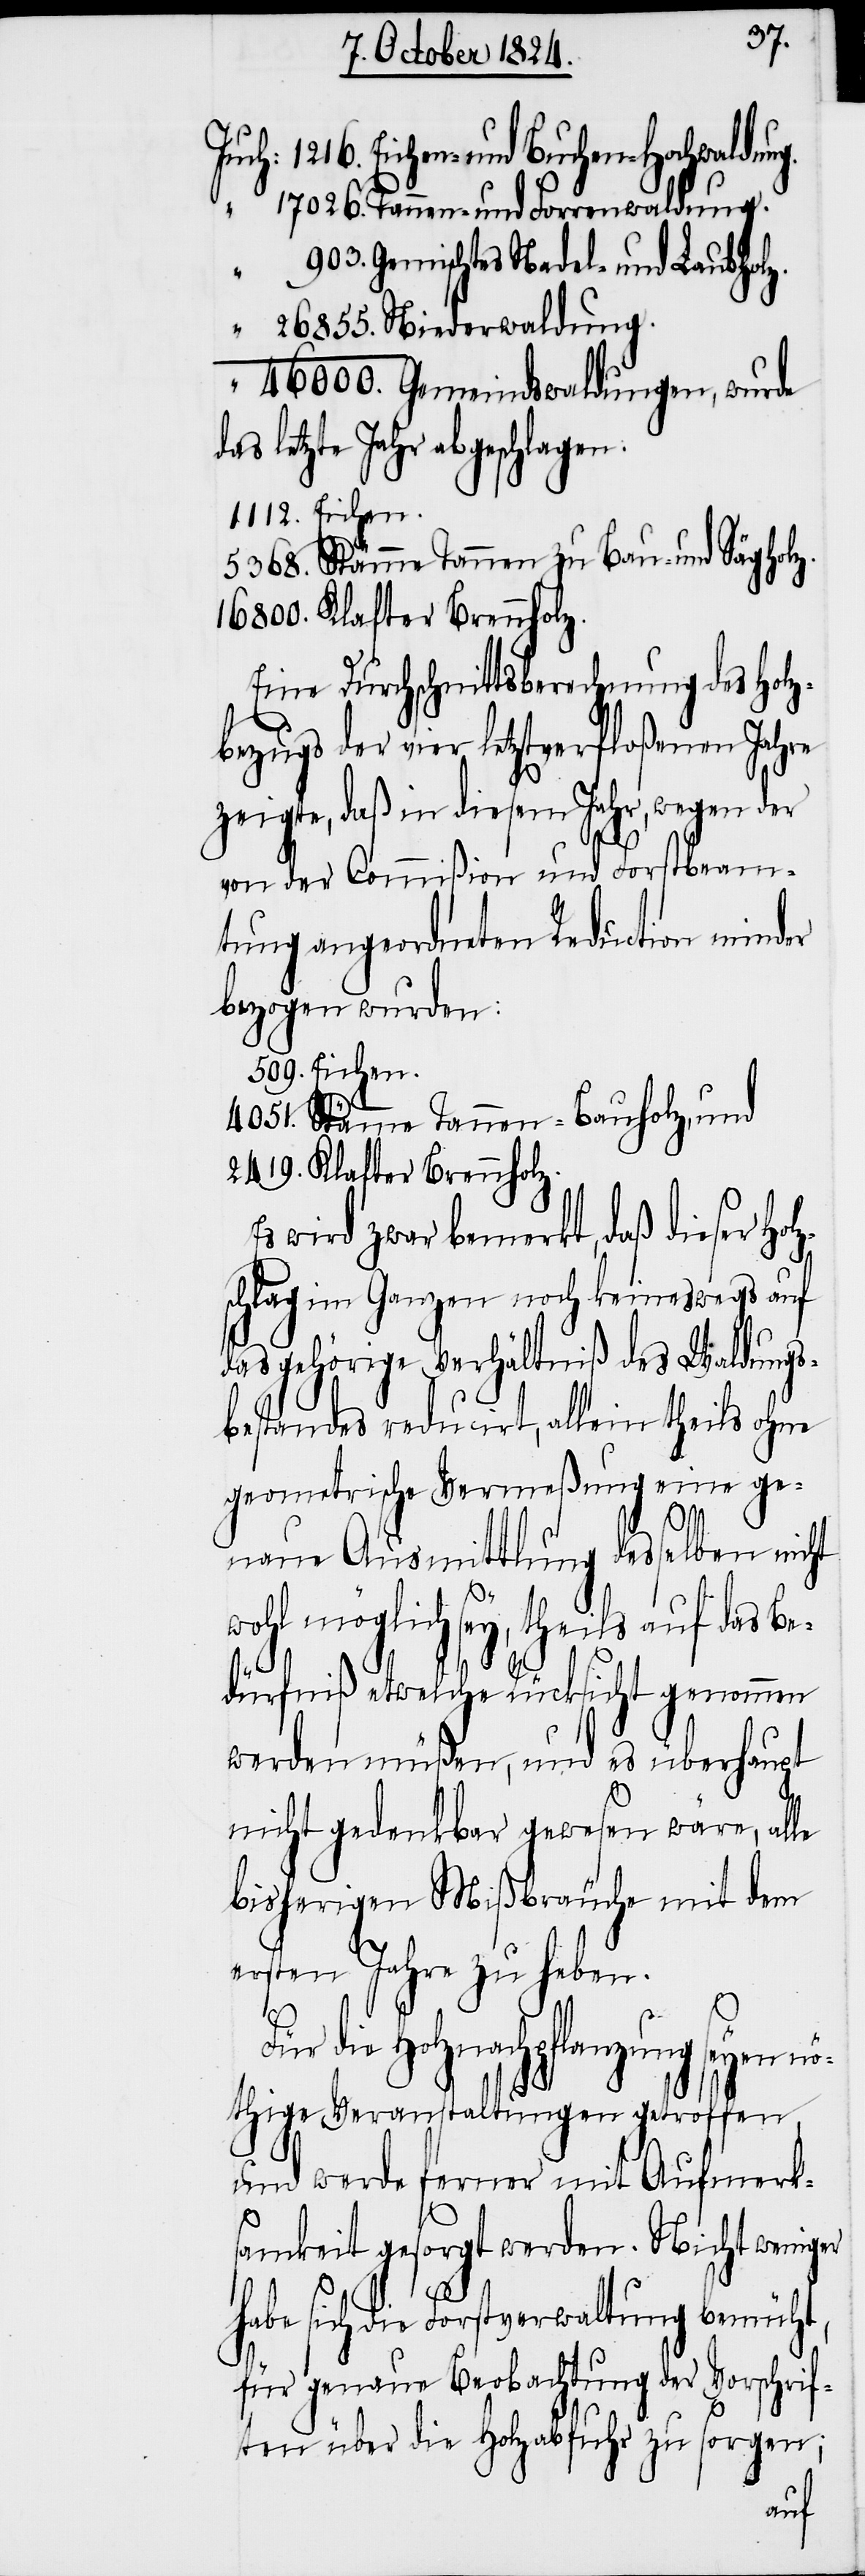
Eichen- und Buchen-Hochwaldu¬
Tannen- und Forrenwaldung.
Gemischtes Nadel- und Laubholz.
Gemeindswaldungen, wurde
as letzte Jahr abgeschlagen.
Stämme Tannen, zu Bau- und Säghol¬
Eine Durchschnittsberechnung des Holz¬
bezugs der vier letztverfloßenen Jahre
zeigte, daß in diesem Jahr, wegen der
von der Commißion und Forstbeam¬
tung angeordneten Reduction minder
bezogen wurden:
Stämme Tannen- Bauholz, und
Klafter Brennholz.
Es wird zwar bemerkt, daß dieser Hol¬
schlag im Ganzen noch keineswegs auf
das gehörige Verhältniß des Waldungs¬
bestandes reducirt, allein theils ohne
geometrische Vermeßung eine ge¬
naue Ausmittlung desselben
wohl möglich sey, theils auf das Be¬
dürfniß etwelche Rücksicht gen¬
lza¬
werden müßen, und es überhaupt
nicht gedenkbar gewesen wäre,
bisherigen Mißbräu¬
ersten Jahre zu heb¬
Für die Holznachpflan¬
thige Veranstaltungen
und werde ferner mit Auf¬
merk¬
samkeit gesorgt werden. Nic¬
ht
z¬
habe sich die Forstverwaltung
für genaue Beobachtung der Vorschrif¬
bfuhr
ten über die Ho¬